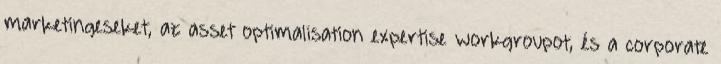
marketingeseket, az asset optimalisation expertise workgroupot, és a corporate